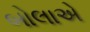
બોલાએ